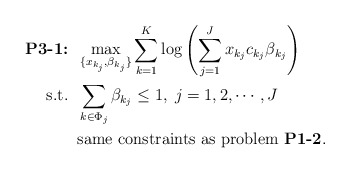
\begin{align*}\mbox{\textbf{P3-1:}} &\;\; \max_{\{x_{k_j},\beta_{k_j}\}} \sum_{k=1}^K{\log\left(\sum_{j=1}^J x_{k_j}c_{k_j} \beta_{k_j} \right)} \\\mbox{s.t.} &\;\; \sum_{k \in \Phi_j} \beta_{k_j} \leq 1, \; j=1,2,\cdots,J \\&\;\; \mbox{same constraints as problem {\bf P1-2}}. \end{align*}